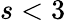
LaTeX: s<3